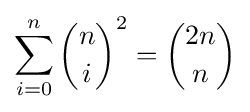
\sum _{i=0}^{n}{n \choose i}^{2}={2n \choose n}